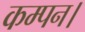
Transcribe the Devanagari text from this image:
कम्पन।